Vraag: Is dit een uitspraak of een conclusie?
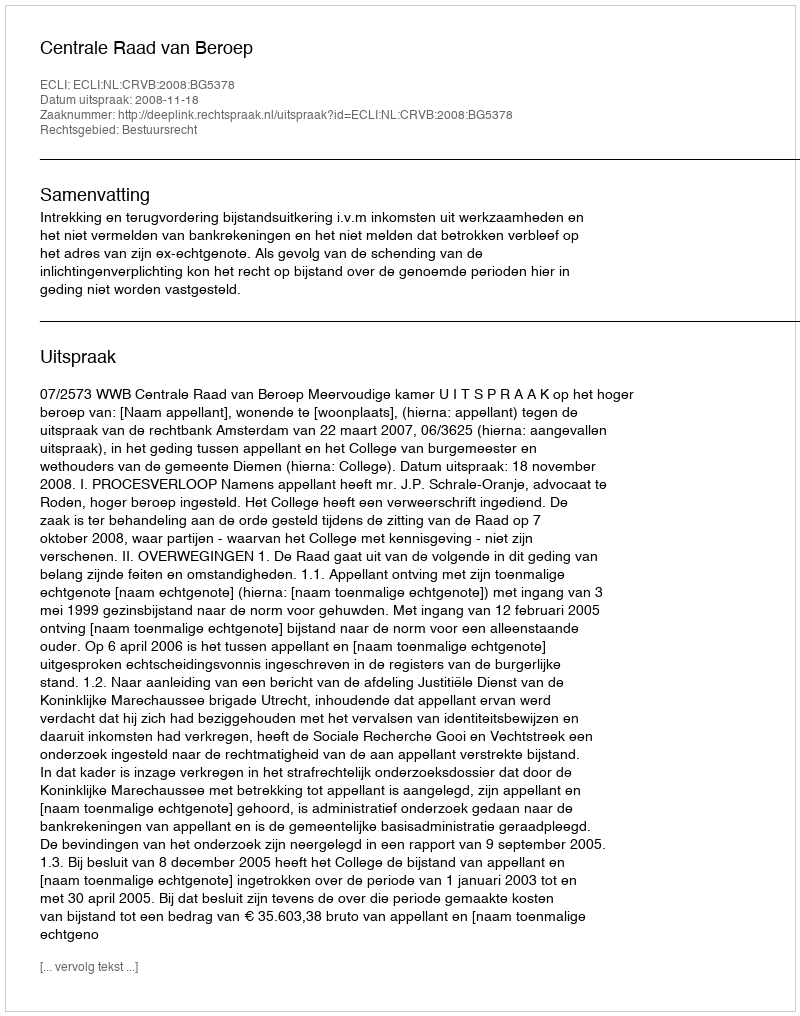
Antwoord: Uitspraak